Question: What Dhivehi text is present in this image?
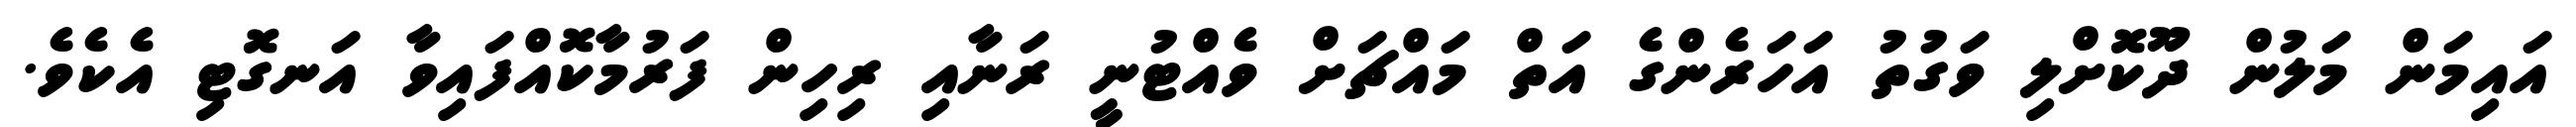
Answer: އައިމަން މަލުން ދޫކޮށްލި ވަގުތު އަހަރެންގެ އަތް މައްޗަށް ވެއްޓުނީ ރަނާއި ރިހިން ފަރުމާކޮއްފައިވާ އަނގޮޓި އެކެވެ.